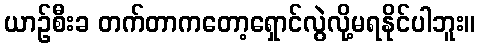
ယာဉ်စီးခ တက်တာကတော့ရှောင်လွဲလို့မရနိုင်ပါဘူး။